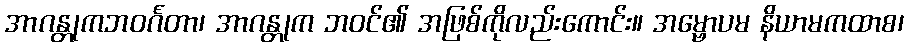
အာဂန္တုကဘဝင်္ဂတာ၊ အာဂန္တုက ဘဝင်၏ အဖြစ်ကိုလည်းကောင်း။ အမ္ဗောပမ နိယာမကထာစ၊